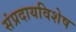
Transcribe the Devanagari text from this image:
संप्रदायविशेष